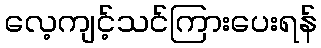
လေ့ကျင့်သင်ကြားပေးရန်